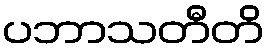
ပဘာသတီတိ